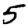
Digit: 5